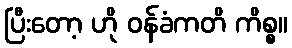
ပြီးတော့ ဟို ဝန်ခံကတိ ကိစ္စ။